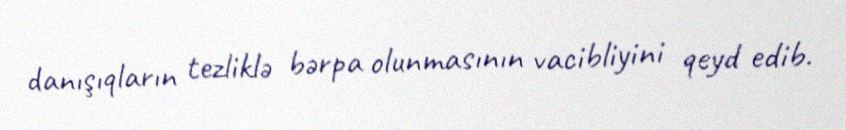
danışıqların tezliklə bərpa olunmasının vacibliyini qeyd edib.